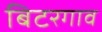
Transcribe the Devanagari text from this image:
बिटरगाव